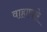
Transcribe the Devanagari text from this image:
वाहाणारे